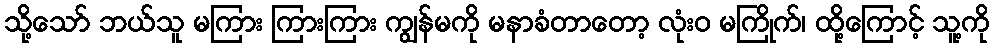
သို့သော် ဘယ်သူ မကြား ကြားကြား ကျွန်မကို မနာခံတာတော့ လုံးဝ မကြိုက်၊ ထို့ကြောင့် သူ့ကို